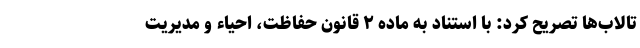
تالاب‌ها تصریح کرد: با استناد به ماده ۲ قانون حفاظت، احیاء و مدیریت